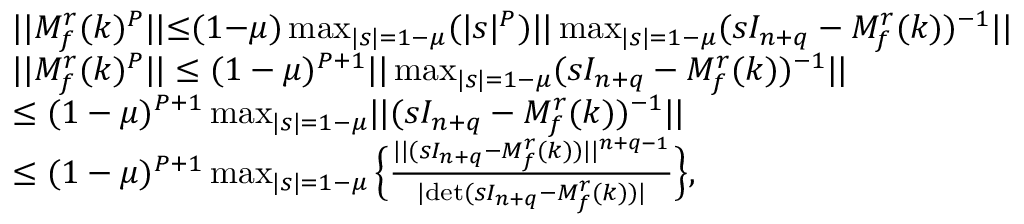
\begin{array} { r l } & { \lvert | M _ { f } ^ { r } ( k ) ^ { P } \rvert | { \leq } ( 1 { - } \mu ) \operatorname* { m a x } _ { \lvert s \rvert = 1 { - } \mu } ( \lvert s \rvert ^ { P } ) \lvert | \operatorname* { m a x } _ { \lvert s \rvert = 1 { - } \mu } ( s I _ { n + q } - M _ { f } ^ { r } ( k ) ) ^ { { - } 1 } \rvert | } \\ & { \lvert | M _ { f } ^ { r } ( k ) ^ { P } \rvert | \leq ( 1 - \mu ) ^ { P + 1 } \lvert | \operatorname* { m a x } _ { \lvert s \rvert = 1 - \mu } ( s I _ { n + q } - M _ { f } ^ { r } ( k ) ) ^ { - 1 } \rvert | } \\ & { \leq ( 1 - \mu ) ^ { P + 1 } \operatorname* { m a x } _ { \lvert s \rvert = 1 - \mu } \lvert | ( s I _ { n + q } - M _ { f } ^ { r } ( k ) ) ^ { - 1 } \rvert | } \\ & { \leq ( 1 - \mu ) ^ { P + 1 } \operatorname* { m a x } _ { \lvert s \rvert = 1 - \mu } \Big \{ \frac { \lvert | ( s I _ { n + q } - M _ { f } ^ { r } ( k ) ) \rvert | ^ { n + q - 1 } } { \lvert \mathrm { d e t } ( s I _ { n + q } - M _ { f } ^ { r } ( k ) ) \rvert } \Big \} , } \end{array}